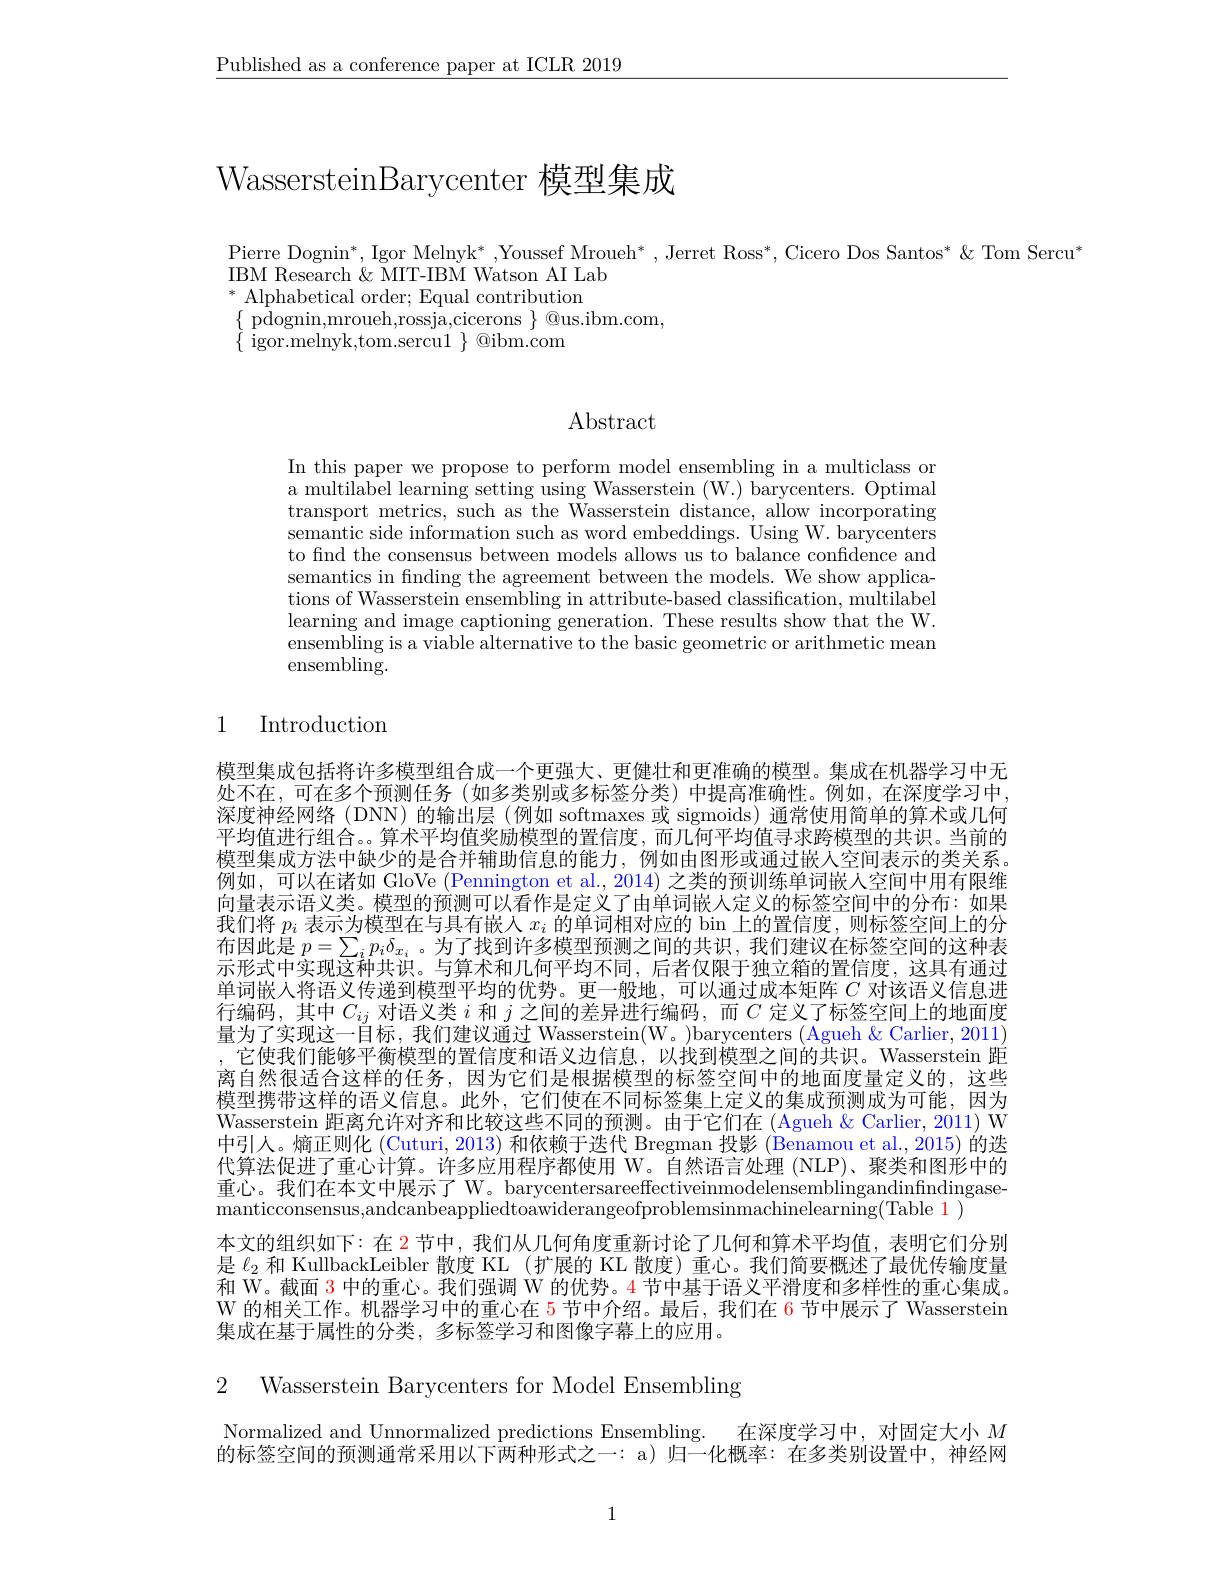
$\underline{\text{Published as a conference paper at ICLR 2019}}$

WassersteinBarycenter 模型集成

Pierre Dognin*, Igor Melnyk* ,Youssef Mroueh* , Jerret Ross* , Cicero Dos Santos* & Tom Sercu*
IBM Research $\&$ MIT-IBM Watson AI Lab
$^*$ Alphabetical order; Equal contribution
$\begin{array}{l}{\{\text{pdognin,mroueh,rossja,cicerons}\}@\mathrm{us.ibm.com,}}\\{\{\text{igor.melnyk,tom.sercu}1\}@\mathrm{ibm.com}}\end{array}$

# Abstract

In this paper we propose to perform model ensembling in a multiclass or a multilabel learning setting using Wasserstein (W.) barycenters. Optimal transport metrics, such as the Wasserstein distance, allow incorporating semantic side information such as word embeddings. Using W. barycenters to find the consensus between models allows us to balance confidence and semantics in finding the agreement between the models. We show applications of Wasserstein ensembling in attribute-based classification, multilabel learning and image captioning generation. These results show that the W. ensembling is a viable alternative to the basic geometric or arithmetic mean ensembling.

1

Introduction

模型集成包括将许多模型组合成一个更强大、更健壮和更准确的模型。集成在机器学习中无处不在，可在多个预测任务(如多类别或多标签分类)中提高准确性。例如，在深度学习中， 深度神经网络(DNN)的输出层(例如 softmaxes 或 sigmoids) 通常使用简单的算术或几何平均值进行组合。。算术平均值奖励模型的置信度，而几何平均值寻求跨模型的共识。当前的模型集成方法中缺少的是合并辅助信息的能力，例如由图形或通过嵌人空间表示的类关系。例如，可以在诸如 GloVe (Pennington et al., 2014) 之类的预训练单词嵌人空间中用有限维向量表示语义类。模型的预测可以看作是定义了由单词嵌人定义的标签空间中的分布：如果我们将$p_i$表示为模型在与具有嵌人$x_i$的单词相对应的 bin 上的置信度，则标签空间上的分布因此是$p=\sum_ip_i\delta_{x_i}$。为了找到许多模型预测之间的共识，我们建议在标签空间的这种表示形式中实现这种共识。与算术和几何平均不同，后者仅限干独立箱的置信度，这具有通讨单词嵌人将语义传递到模型平均的优势。更一般地，可以通过成本矩阵$C$对该语义信息进行编码，其中$C_{ij}$对语义类$i$和$j$之间的差异进行编码，而$C$定义了标签空间上的地面度量为了实现这一目标，我们建议通过 Wasserstein(W。)barycenters (Agueh & Carlier, 2011) ,它使我们能够平衡模型的置信度和语义边信息，以找到模型之间的共识。Wasserstein 距离自然很适合这样的任务，因为它们是根据模型的标签空间中的地面度量定义的，这些模型携带这样的语义信息。此外，它们使在不同标签集上定义的集成预测成为可能，因为Wasserstein 距离允许对齐和比较这些不同的预测。由于它们在 (Agueh & Carlier, 2011) W 中引人。熵正则化 (Cuturi, 2013) 和依赖于迭代 Bregman 投影 (Benamou et al., 2015) 的迭代算法促进了重心计算。许多应用程序都使用 W。自然语言处理 (NLP)、聚类和图形中的重心。我们在本文中展示了 W。barycentersareeffectiveinmodelensemblingandinfindingasemanticconsensus, andcanbeappliedtoawiderangeofproblemsinmachinelearning( Table 1 )
本文的组织如下：在$\color{red}{2}$节中，我们从几何角度重新讨论了几何和算术平均值，表明它们分别是$\ell_{2}$和 KullbackLeibler 散度 KL (扩展的 KL 散度)重心。我们简要概述了最优传输度量和 W。截面$\color{red}{3}$中的重心。我们强调 W 的优势。4 节中基于语义平滑度和多样性的重心集成。W 的相关工作。机器学习中的重心在 5 节中介绍。最后，我们在 6 节中展示了 Wasserstein 集成在基于属性的分类，多标签学习和图像字幕上的应用。

2 Wasserstein Barycenters for Model Ensembling

Normalized and Unnormalized predictions Ensembling. 在深度学习中，对固定大小$M$ 的标签空间的预测通常采用以下两种形式之一：a) 归一化概率：在多类别设置中，神经网

1